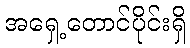
အရှေ့တောင်ပိုင်းရှိ